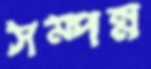
সম্পন্ন